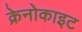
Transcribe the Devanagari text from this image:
क्रेनोकाइट